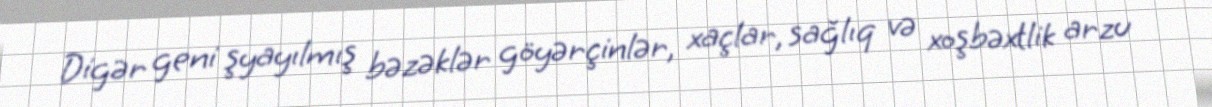
Digər geni şyayılmış bəzəklər göyərçinlər, xaçlar, sağlıq və xoşbəxtlik arzu